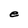
Character: e